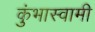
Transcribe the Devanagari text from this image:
कुंभास्वामी